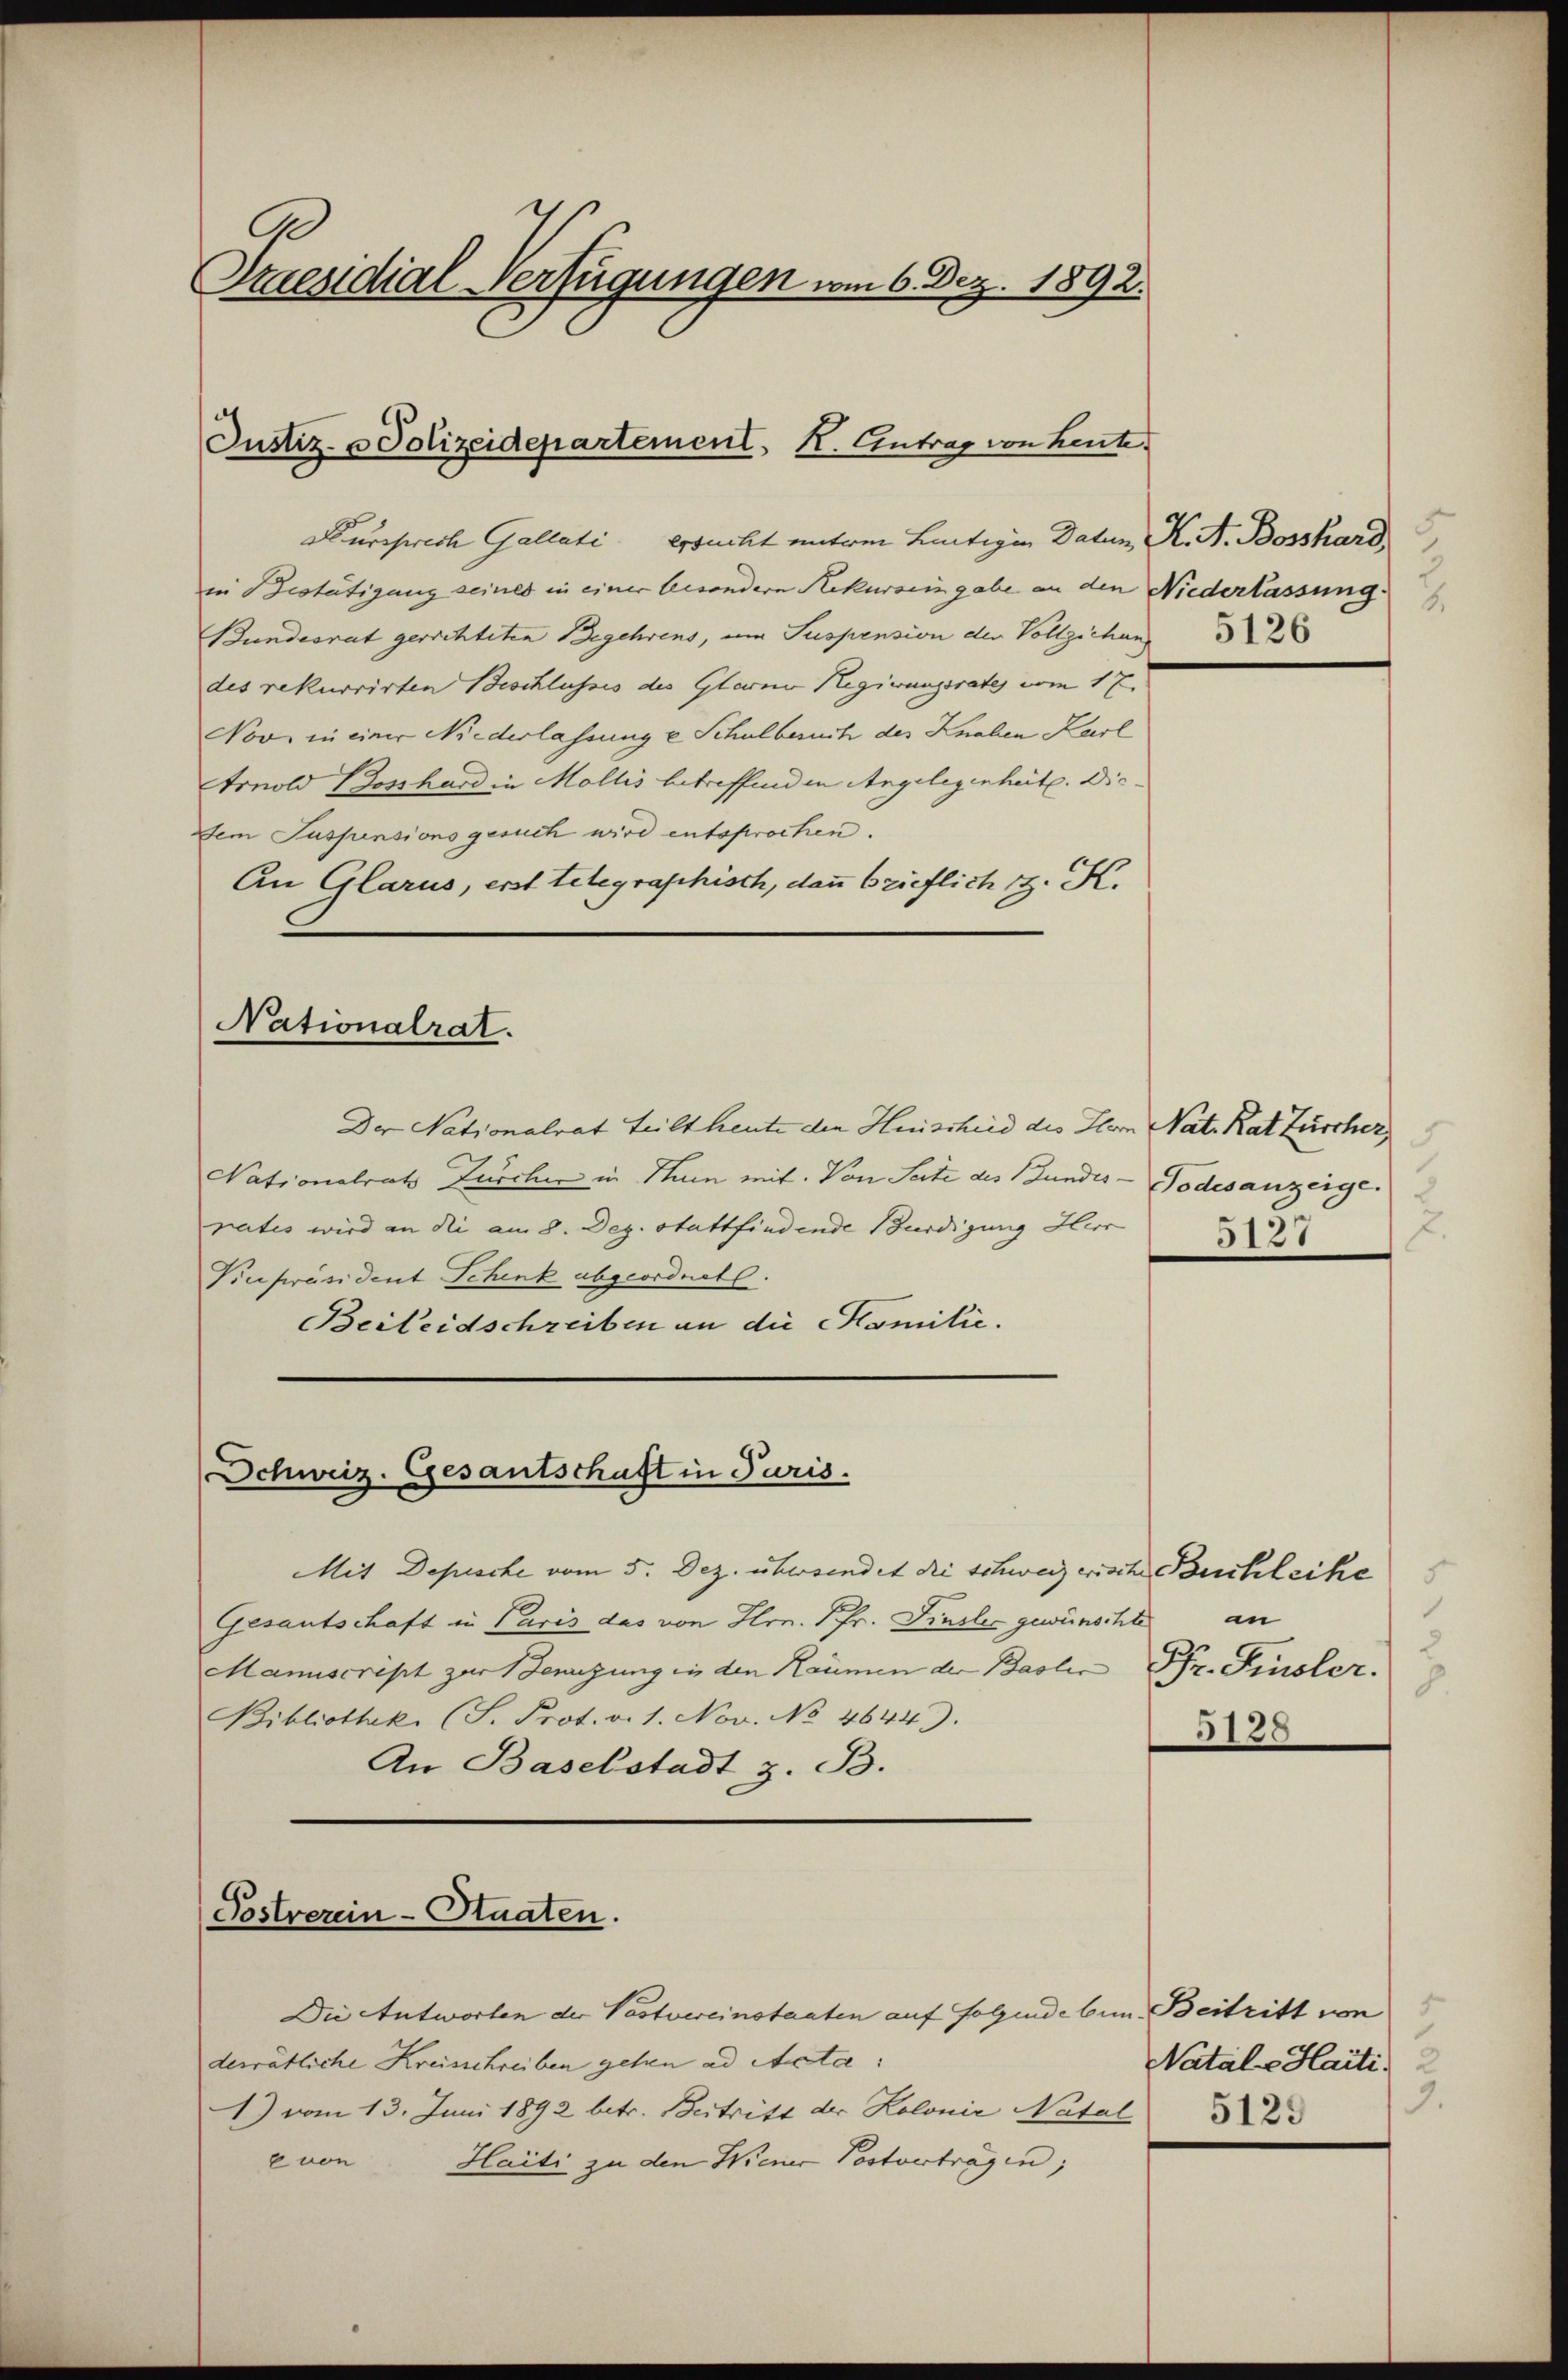
Sraesidial-Verfügungen vom 6. Dez. 1892.

Justiz- u Polizeidepartement H. Eintrag von heute

Nursprech Gallati ersucht unterm Leitigen Daten, K. A. Bossard,
in Bestätigung seines in einer besondern Rekursein gabe an den Niederlassung
Bundesrat gerichteten Begehrens, um Suspension der Vollziehun
des rekurrirten Beschlusses des Glarne Regirungsrates vom 17.
Nov in einer Niederlassung e Schulbesuch des Knaben Karl
Arnold Bosshard in Mollis betreffenden Angelegenheit. Die
Dem Suspensions gesuch wird entsprochen.
An Glarus, erst telegraphisch, dann brieflich z. K.
Nationalrat.
Der Nationalrat teilt heute den Heischeid des Hern Nat. Rat Zürcher,
Nationalrat Zuscher in Stam mit. Von Seite des Bundes- Todesanzeige.
rates wird an die am 8. Dez. Stattfindende Bürdigung Herr
Hinpräsident Schenk abgeordnet.
Beileidschreiben an die Familie.

Schweiz. Gesantschaft in Paris.

Postverein-Staaten.

Mit Depesche vom 5. Dez. übersendet die schweizerische Büchleihe
Gesantschaft in Paris das von Hrn. Pfr. Finsler gewünschte
Manuscript zur Bewegung in den Räumen der Basler Fr. Finsler.
Bibliotheke (S. Prot. v. 1. Nov. No 4644).
An Baselstadt z. B.

Die Antworten der Postvereinstaaten auf folgende bin. Beitritt von
desrätliche Kreisschreiben gehen ad Acta
1) vom 13. Juni 1892 betr. Beitritt der Kolonie Natal
Haiti zu den Wiener Postvertragen;
6 von

e

2.

1
an
5128

Natals Haiti.
3